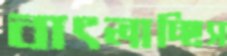
বাৎলাচ্ছিস